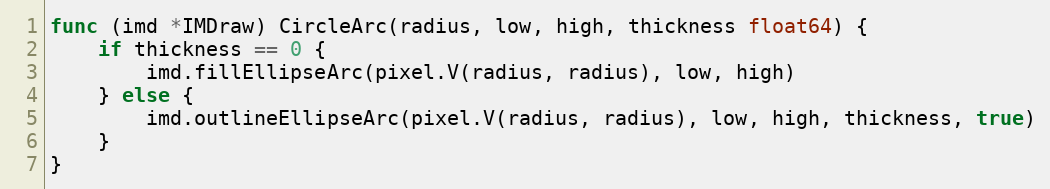
Language: Go
func (imd *IMDraw) CircleArc(radius, low, high, thickness float64) {
	if thickness == 0 {
		imd.fillEllipseArc(pixel.V(radius, radius), low, high)
	} else {
		imd.outlineEllipseArc(pixel.V(radius, radius), low, high, thickness, true)
	}
}